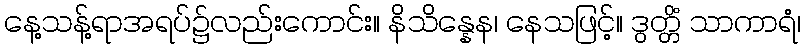
နေ့သန့်ရာအရပ်၌လည်းကောင်း။ နိသိန္နေန၊ နေသဖြင့်။ ဒွတ္တိံ သာကာရံ၊